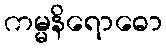
ကမ္မနိရောဓော